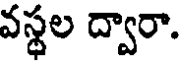
వస్థల ద్వారా.